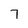
Character: 7